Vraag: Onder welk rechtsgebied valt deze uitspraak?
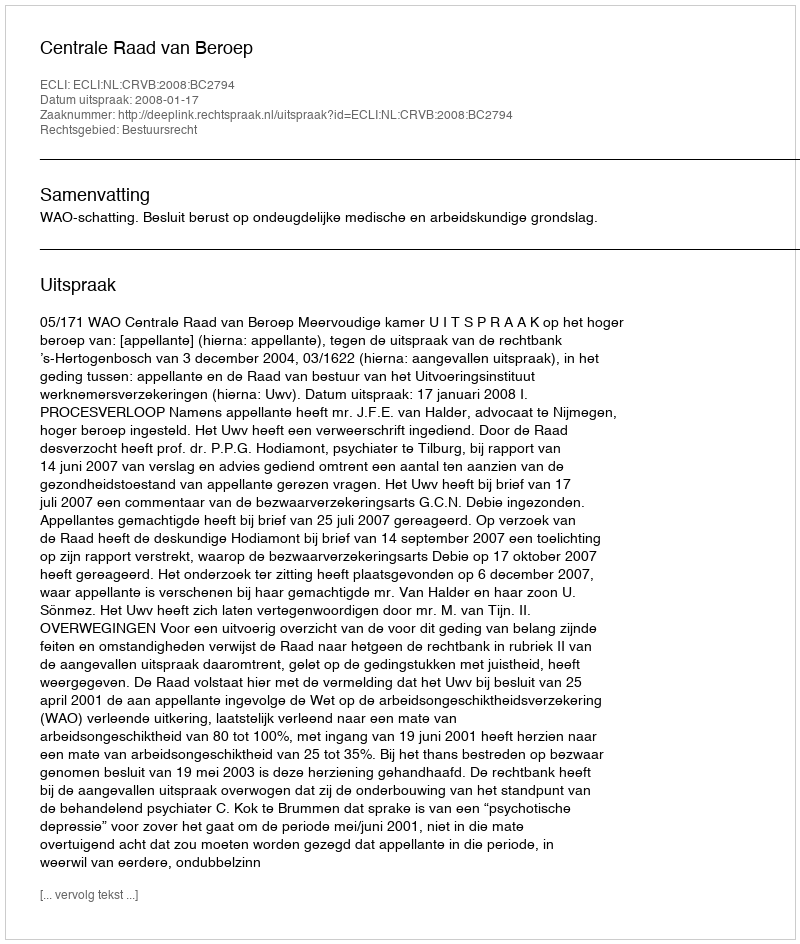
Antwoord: Bestuursrecht